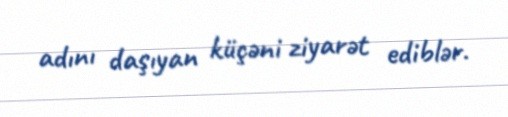
adını daşıyan küçəni ziyarət ediblər.